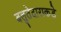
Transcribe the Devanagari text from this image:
बलुतेदाराकडे